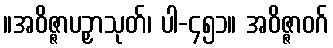
။အဝိဇ္ဇာပဉှာသုတ်၊ ပါ-၄၅၁။ အဝိဇ္ဇာဝဂ်